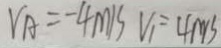
V _ { A } = - 4 m / s V _ { 1 } = 4 m / s